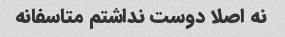
نه اصلا دوست نداشتم متاسفانه